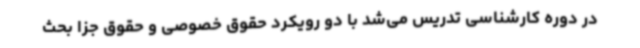
در دوره کارشناسی تدریس می‌شد با دو رویکرد حقوق خصوصی و حقوق جزا بحث